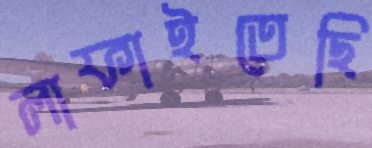
লাফাইতেছি